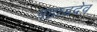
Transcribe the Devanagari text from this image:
पहाडदेव